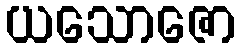
ယသောဇော